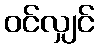
ဝင်လျှင်